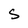
Character: S